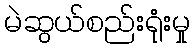
မဲဆွယ်စည်းရုံးမှု